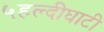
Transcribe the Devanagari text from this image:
५हल्दीघाटी